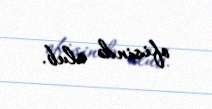
ofisində olub.